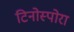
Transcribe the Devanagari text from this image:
टिनोस्पोरा